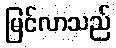
မြင်လာသည်